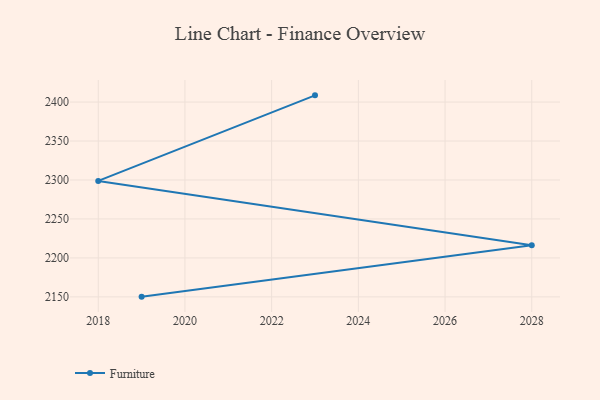
{"axis": {"x": "Year", "y": "Conversion Rate (%)"}, "legend": ["Furniture"], "data": [{"x": "2019", "y": 2150.3, "type": "Furniture"}, {"x": "2028", "y": 2216.4, "type": "Furniture"}, {"x": "2018", "y": 2298.8, "type": "Furniture"}, {"x": "2023", "y": 2408.6, "type": "Furniture"}]}